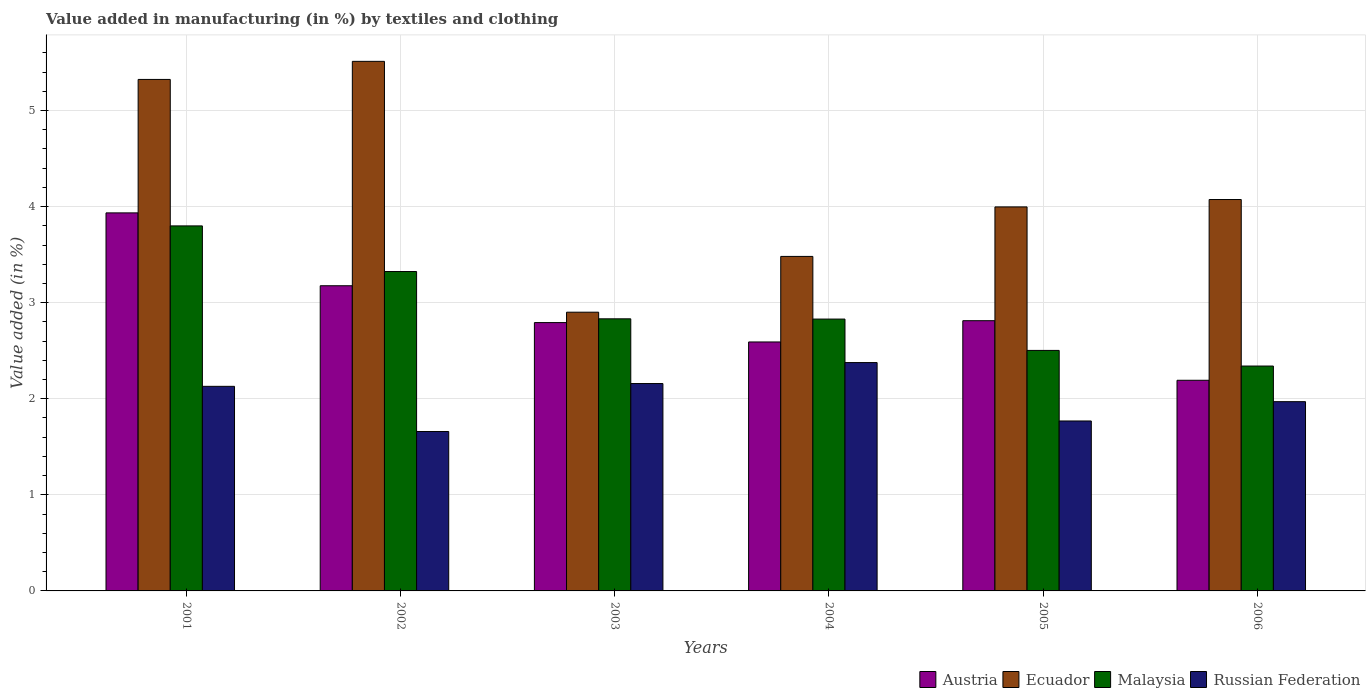
| Years | Austria | Ecuador | Malaysia | Russian Federation |
 | --- | --- | --- | --- | --- |
 | 2001 | 3.93 | 5.32 | 3.8 | 2.13 |
 | 2002 | 3.18 | 5.51 | 3.32 | 1.66 |
 | 2003 | 2.79 | 2.9 | 2.83 | 2.16 |
 | 2004 | 2.59 | 3.48 | 2.83 | 2.38 |
 | 2005 | 2.81 | 4 | 2.5 | 1.77 |
 | 2006 | 2.19 | 4.07 | 2.34 | 1.97 |